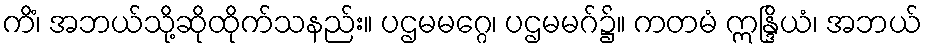
ကိံ၊ အဘယ်သို့ဆိုထိုက်သနည်း။ ပဌမမဂ္ဂေ၊ ပဌမမဂ်၌။ ကတမံ ဣန္ဒြိယံ၊ အဘယ်